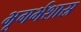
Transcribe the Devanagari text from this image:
भूगर्भशास्र